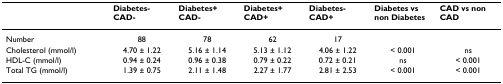
<table><thead><tr><td></td><td><b>Diabetes- CAD-</b></td><td><b>Diabetes+ CAD-</b></td><td><b>Diabetes+ CAD+</b></td><td><b>Diabetes- CAD+</b></td><td><b>Diabetes vs non Diabetes</b></td><td><b>CAD vs non CAD</b></td></tr></thead><tbody><tr><td>Number</td><td>88</td><td>78</td><td>62</td><td>17</td><td></td><td></td></tr><tr><td>Cholesterol (mmol/l)</td><td>4.70 ± 1.22</td><td>5.16 ± 1.14</td><td>5.13 ± 1.12</td><td>4.06 ± 1.22</td><td>&lt; 0.001</td><td>ns</td></tr><tr><td>HDL-C (mmol/l)</td><td>0.94 ± 0.24</td><td>0.96 ± 0.38</td><td>0.79 ± 0.22</td><td>0.72 ± 0.21</td><td>ns</td><td>&lt; 0.001</td></tr><tr><td>Total TG (mmol/l)</td><td>1.39 ± 0.75</td><td>2.11 ± 1.48</td><td>2.27 ± 1.77</td><td>2.81 ± 2.53</td><td>&lt; 0.001</td><td>&lt; 0.001</td></tr></tbody></table>